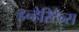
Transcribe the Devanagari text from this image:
इन्हेरिटेन्स